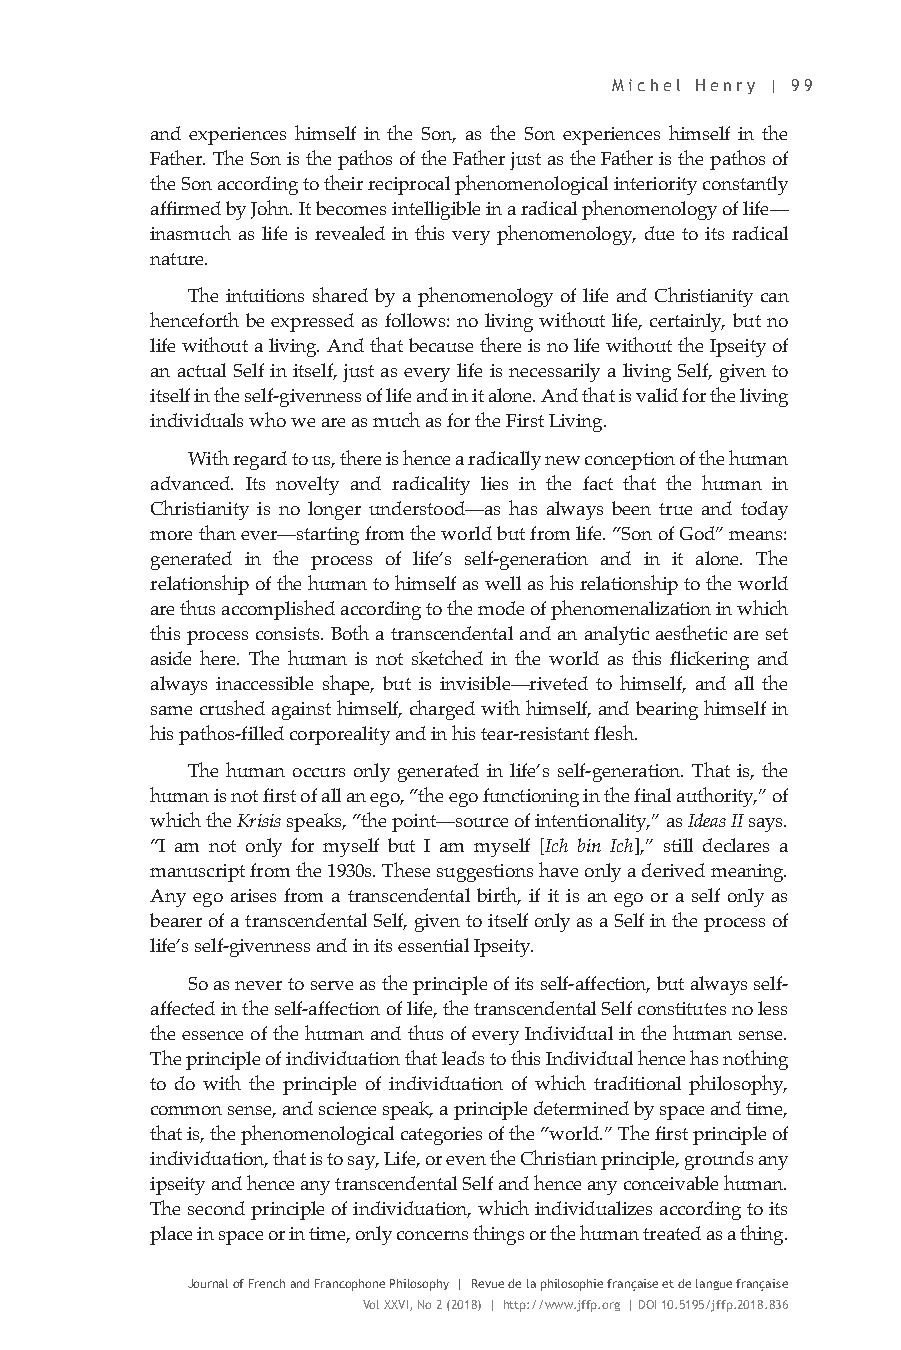
Michel Henry | 99
 and experiences himself in the Son, as the Son experiences himself in the
 Father. The Son is the pathos of the Father just as the Father is the pathos of
 the Son according to their reciprocal phenomenological interiority constantly
 affirmed by John. It becomes intelligible in a radical phenomenology of life—
 inasmuch as life is revealed in this very phenomenology, due to its radical
 nature.
 The intuitions shared by a phenomenology of life and Christianity can
 henceforth be expressed as follows: no living without life, certainly, but no
 life without a living. And that because there is no life without the Ipseity of
 an actual Self in itself, just as every life is necessarily a living Self, given to
 itself in the self-givenness of life and in it alone. And that is valid for the living
 individuals who we are as much as for the First Living.
 With regard to us, there is hence a radically new conception of the human
 advanced. Its novelty and radicality lies in the fact that the human in
 Christianity is no longer understood—as has always been true and today
 more than ever—starting from the world but from life. “Son of God” means:
 generated in the process of life’s self-generation and in it alone. The
 relationship of the human to himself as well as his relationship to the world
 are thus accomplished according to the mode of phenomenalization in which
 this process consists. Both a transcendental and an analytic aesthetic are set
 aside here. The human is not sketched in the world as this flickering and
 always inaccessible shape, but is invisible—riveted to himself, and all the
 same crushed against himself, charged with himself, and bearing himself in
 his pathos-filled corporeality and in his tear-resistant flesh.
 The human occurs only generated in life’s self-generation. That is, the
 human is not first of all an ego, “the ego functioning in the final authority,” of
 which the Krisis speaks, “the point—source of intentionality,” as Ideas II says.
 “I am not only for myself but I am myself [Ich bin Ich],” still declares a
 manuscript from the 1930s. These suggestions have only a derived meaning.
 Any ego arises from a transcendental birth, if it is an ego or a self only as
 bearer of a transcendental Self, given to itself only as a Self in the process of
 life’s self-givenness and in its essential Ipseity.
 So as never to serve as the principle of its self-affection, but always self-
 affected in the self-affection of life, the transcendental Self constitutes no less
 the essence of the human and thus of every Individual in the human sense.
 The principle of individuation that leads to this Individual hence has nothing
 to do with the principle of individuation of which traditional philosophy,
 common sense, and science speak, a principle determined by space and time,
 that is, the phenomenological categories of the “world.” The first principle of
 individuation, that is to say, Life, or even the Christian principle, grounds any
 ipseity and hence any transcendental Self and hence any conceivable human.
 The second principle of individuation, which individualizes according to its
 place in space or in time, only concerns things or the human treated as a thing.
 Journal of French and Francophone Philosophy | Revue de la philosophie française et de langue française
 Vol XXVI, No 2 (2018) | http://www.jffp.org | DOI 10.5195/jffp.2018.836